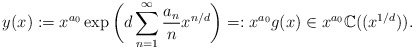
\begin{align*}y(x):=x^{a_0}\exp\bigg(d\sum_{n=1}^\infty \frac{a_{n}}n x^{n/d}\bigg)=:x^{a_0}g(x)\in x^{a_0} \mathbb{C}((x^{1/d})) .\end{align*}